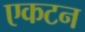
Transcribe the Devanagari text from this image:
एकटन